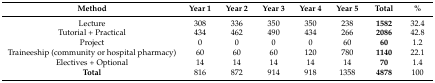
| Method | Year 1 | Year 2 | Year 3 | Year 4 | Year 5 | Total | % |
 | --- | --- | --- | --- | --- | --- | --- | --- |
 | Lecture | 308 | 336 | 350 | 350 | 238 | 1582 | 32.4 |
 | Tutorial + Practical | 434 | 462 | 490 | 434 | 266 | 2086 | 42.8 |
 | Project | 0 | 0 | 0 | 0 | 60 | 60 | 1.2 |
 | Traineeship (community or hospital pharmacy) | 60 | 60 | 60 | 120 | 780 | 1140 | 22.1 |
 | Electives + Optional | 14 | 14 | 14 | 14 | 14 | 70 | 1.4 |
 | Total | 816 | 872 | 914 | 918 | 1358 | 4878 | 100 |